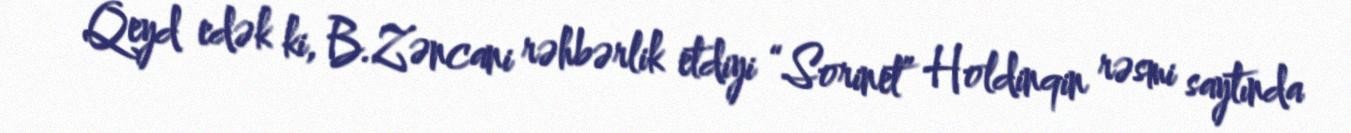
Qeyd edək ki, B.Zəncani rəhbərlik etdiyi “Sorinet” Holdinqin rəsmi saytında